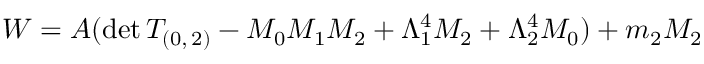
W = A ( \mathrm { d e t } \, T _ { ( 0 , \, 2 ) } - M _ { 0 } M _ { 1 } M _ { 2 } + \Lambda _ { 1 } ^ { 4 } M _ { 2 } + \Lambda _ { 2 } ^ { 4 } M _ { 0 } ) + m _ { 2 } M _ { 2 }